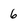
Character: 6